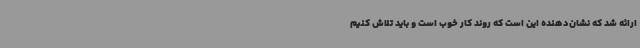
ارائه شد که نشان‌دهنده این است که روند کار خوب است و باید تلاش کنیم